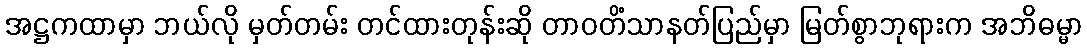
အဋ္ဌကထာမှာ ဘယ်လို မှတ်တမ်း တင်ထားတုန်းဆို တာဝတိံသာနတ်ပြည်မှာ မြတ်စွာဘုရားက အဘိဓမ္မာ